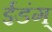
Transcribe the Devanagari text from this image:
ईडंग्